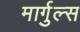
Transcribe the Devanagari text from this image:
मार्गुल्स